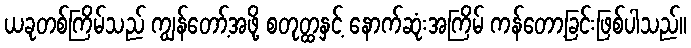
ယခုတစ်ကြိမ်သည် ကျွန်တော့်အဖို့ စတုတ္ထနှင့် နောက်ဆုံးအကြိမ် ကန်တော့ခြင်းဖြစ်ပါသည်။